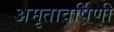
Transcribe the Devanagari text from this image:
अमृतावर्षिणी